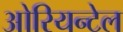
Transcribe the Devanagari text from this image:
ओरियन्टेल